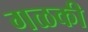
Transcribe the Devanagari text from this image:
गळकी